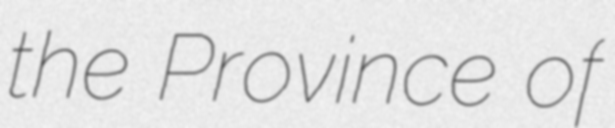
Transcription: the Province of